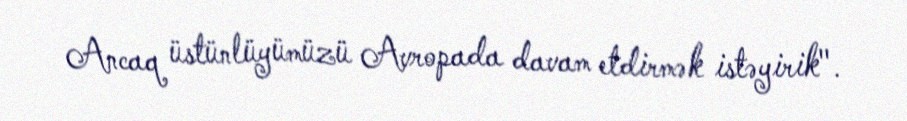
Ancaq üstünlüyümüzü Avropada davam etdirmək istəyirik".